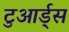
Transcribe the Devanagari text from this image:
टुआर्ड्स